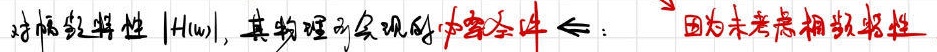
对幅频特性 \(|H(\omega)|\)，其物理可实现的冲要条件 \(\Leftarrow\)：  因为未考虑相频特性